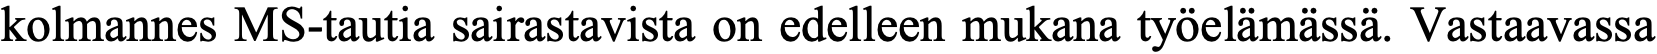
kolmannes MS-tautia sairastavista on edelleen mukana työelämässä. Vastaavassa